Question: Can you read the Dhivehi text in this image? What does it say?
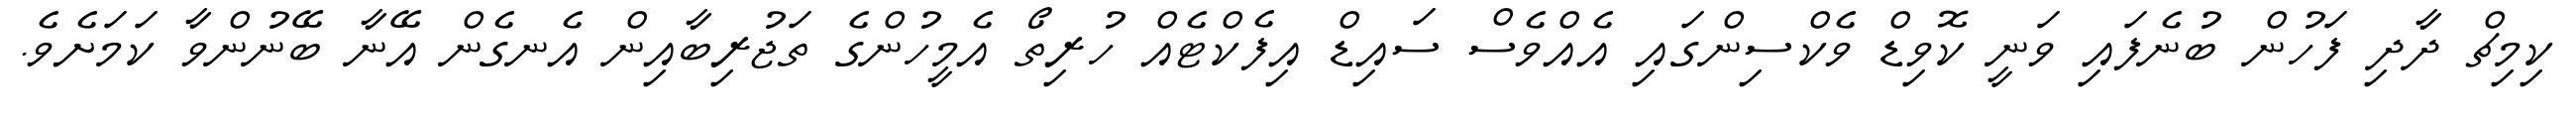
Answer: ކިމިޗް ދާދި ފަހުން ބުނެފައި ވަނީ ކޮވިޑް ވެކްސިންގައި އެއްވެސް ސައިޑް އިފެކްޓެއް ހުރިތޯ އެމީހުންގެ ތަޖުރިބާއިން އެނގެން އޭނާ ބޭނުންވާ ކަމަށެވެ.